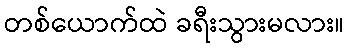
တစ်ယောက်ထဲ ခရီးသွားမလား။